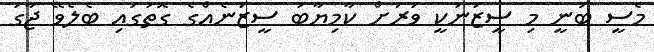
މެސީ ބުނީ މި ސީޒަނަކީ ވަރަށް ކާމިޔާބު ސީޒަނެއްގެ ގޮތުގައި ބެލެވޭ ޖާގަ